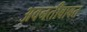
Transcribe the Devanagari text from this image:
अवनतीबाबत